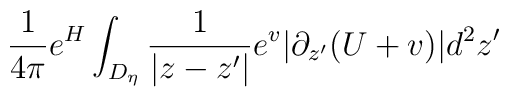
\frac{1}{4\pi}e^H\int_{D_\eta}\frac{1}{|z-z'|} e^{v}|\partial_{z'}(U+v)| d^2 z'